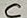
Text: C